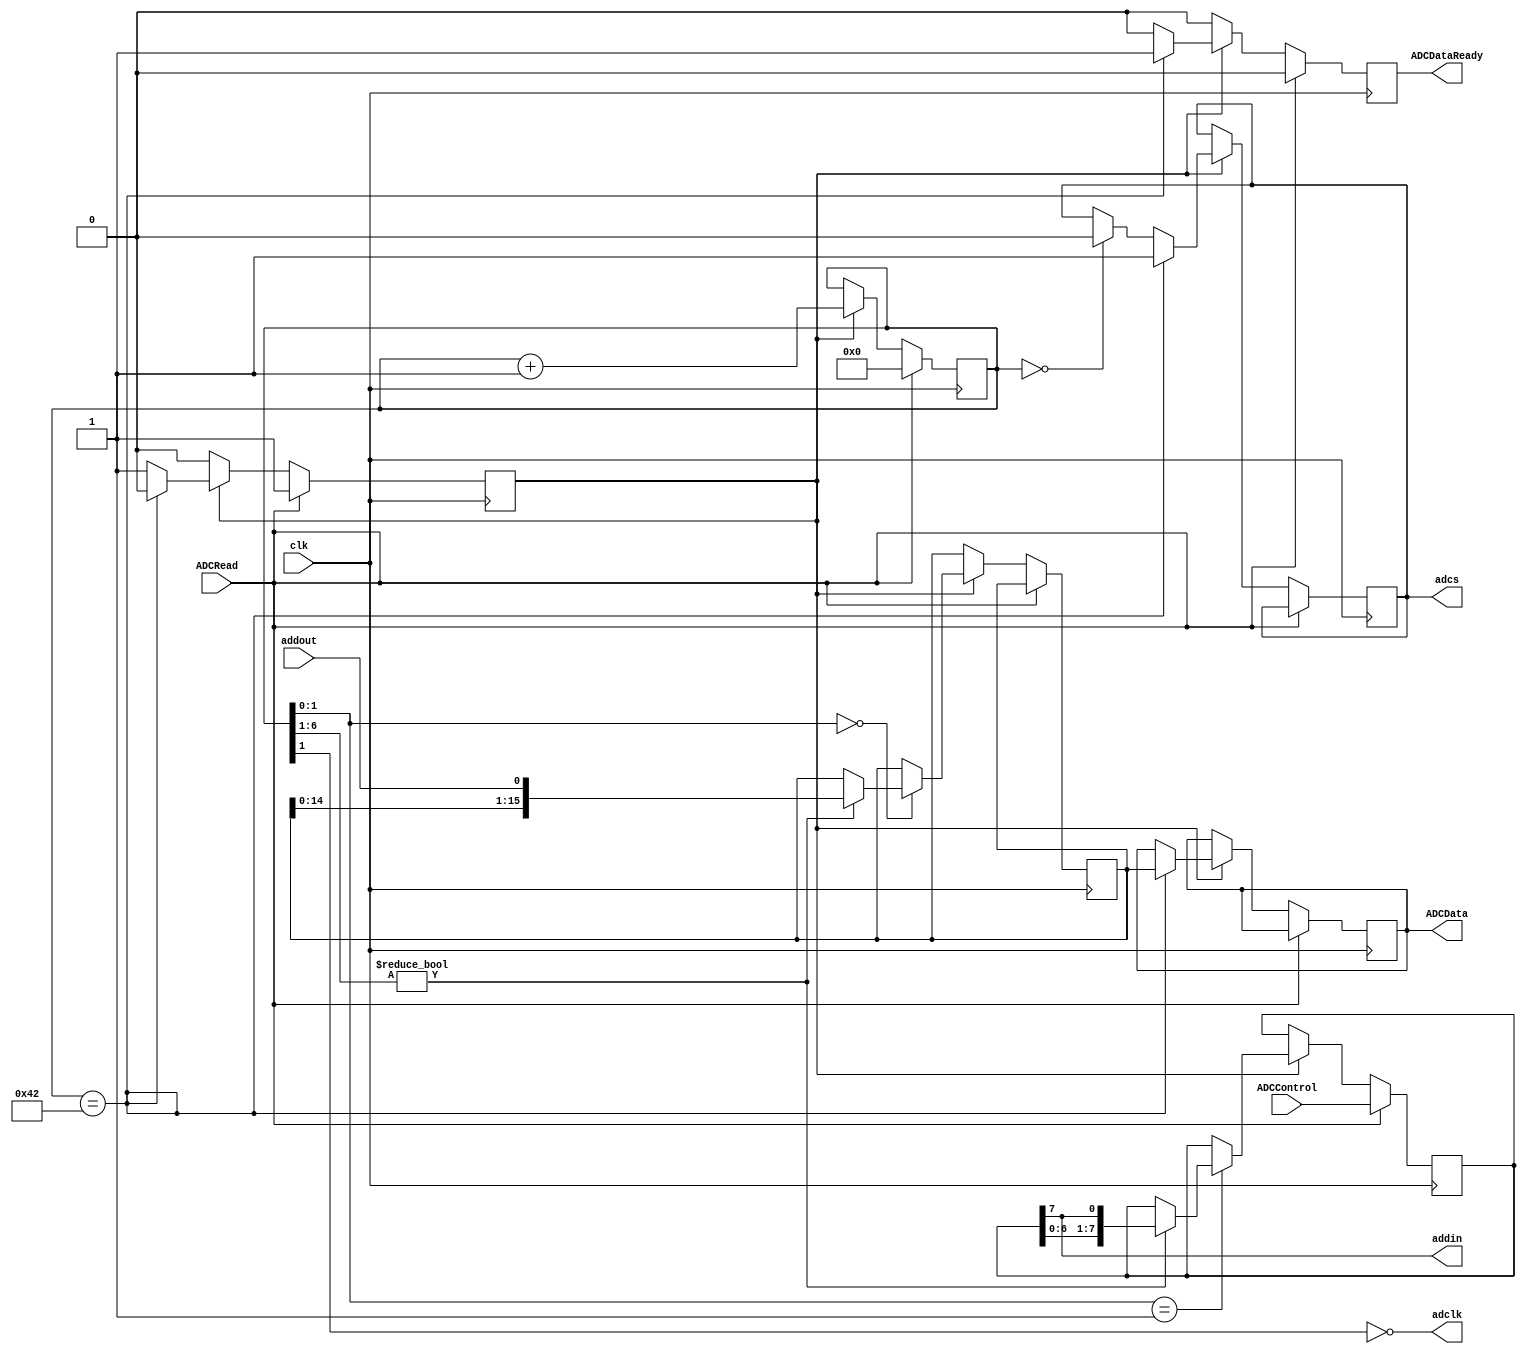
//////////////////////////////////////////////////////////////////
//    IonControl 1.0:  Copyright 2016 Sandia Corporation              
//    This Software is released under the GPL license detailed    
//    in the file "license.txt" in the top-level pyGSTi directory 
//////////////////////////////////////////////////////////////////

// 12-bit ADC from National Semiconductor: ADC122S101
// Reference voltage (V_A) connected on Maryland board: 3.3V generated by TI REF2933

module ADC122S101(
	input wire clk, 
	output reg adcs = 1, // CS_bar (pin1)
	output wire adclk,   // SCLK (pin8)
	output wire addin,   // DIN (pin6)
	input wire addout,   // DOUT (pin7)
	input wire ADCRead, 
	input wire [7:0] ADCControl, 
	output reg [15:0] ADCData = 0, 
	output reg ADCDataReady = 0);

	reg [7:0] Control = 0;
	assign addin = Control[7];
	reg newData =0;
	reg [6:0] state = 0;
	assign adclk = ~state[1];
	reg [15:0] ADCData_internal = 0;
	
	always @(negedge clk) begin
		if (ADCDataReady) ADCDataReady <= 1'b0;
		if (ADCRead) begin
			Control <= ADCControl;
			newData <= 1'b1;
			state <= 7'h0;
		end
		else if (newData) begin
			state <= state + 7'h1;
			if (state == 7'h0) adcs <= 1'b0;
			if (state == 7'b1000010) begin
				adcs <= 1'b1;
				newData <= 1'b0;
				ADCDataReady <= 1'b1;
				ADCData <= ADCData_internal;
			end
			if (state[1:0] == 2'b01)
				if (state[6:1] != 6'b000000) Control[7:0] <= {Control[6:0], Control[7]};
			if (state[1:0] == 2'b00)
				if (state[6:1] != 6'b000000) ADCData_internal[15:0] <= {ADCData_internal[14:0], addout};

		end
	end

endmodule